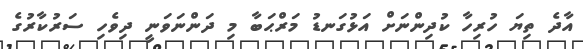
އާދެ ތިޔަ ހުރިހާ ކުދިންނަށް އަޅުގަނޑު މަރްޙަބާ މި ދަންނަވަނީ ދިވެހި ސަރުކާރުގެ